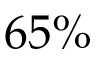
6 5 \%